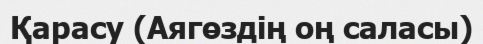
Қарасу (Аягөздің оң саласы)